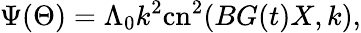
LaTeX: \Psi({\Theta})=\Lambda_{0}k^{2}\mathrm{cn}^{2}(BG(t)X,k),